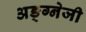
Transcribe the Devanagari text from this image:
अङ्ग्नेजी